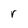
Character: r